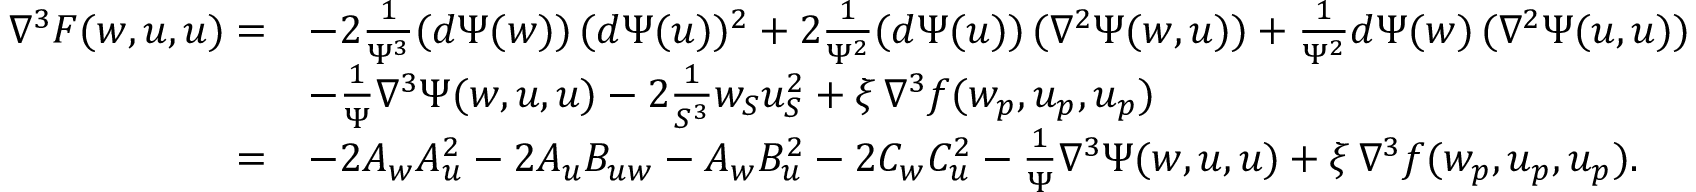
\begin{array} { r l } { \nabla ^ { 3 } F ( w , u , u ) = } & { - 2 \frac { 1 } { \Psi ^ { 3 } } ( d \Psi ( w ) ) \, ( d \Psi ( u ) ) ^ { 2 } + 2 \frac { 1 } { \Psi ^ { 2 } } ( d \Psi ( u ) ) \, ( \nabla ^ { 2 } \Psi ( w , u ) ) + \frac { 1 } { \Psi ^ { 2 } } d \Psi ( w ) \, ( \nabla ^ { 2 } \Psi ( u , u ) ) } \\ & { - \frac { 1 } { \Psi } \nabla ^ { 3 } \Psi ( w , u , u ) - 2 \frac { 1 } { S ^ { 3 } } w _ { S } u _ { S } ^ { 2 } + \xi \, \nabla ^ { 3 } f ( w _ { p } , u _ { p } , u _ { p } ) } \\ { = } & { - 2 A _ { w } A _ { u } ^ { 2 } - 2 A _ { u } B _ { u w } - A _ { w } B _ { u } ^ { 2 } - 2 C _ { w } C _ { u } ^ { 2 } - \frac { 1 } { \Psi } \nabla ^ { 3 } \Psi ( w , u , u ) + \xi \, \nabla ^ { 3 } f ( w _ { p } , u _ { p } , u _ { p } ) . } \end{array}